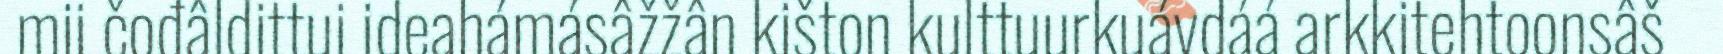
mii čođâldittui ideahámásâžžân kišton kulttuurkuávdáá arkkitehtoonsâš